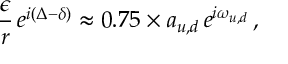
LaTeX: \frac { \epsilon } { r } \, e ^ { i ( \Delta - \delta ) } \approx 0 . 7 5 \times a _ { u , d } \, e ^ { i \omega _ { u , d } } \, ,